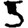
Digit: 5